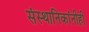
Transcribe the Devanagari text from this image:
संस्थानिकांनीही